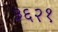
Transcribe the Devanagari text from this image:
३६२१